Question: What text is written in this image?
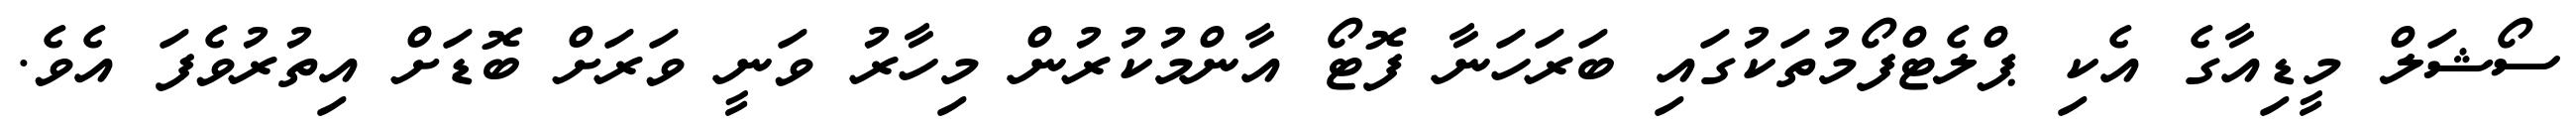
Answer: ސޯޝަލް މީޑިއާގެ އެކި ޕްލެޓްފޯމުތަކުގައި ބަރަހަނާ ފޮޓޯ އާންމުކުރުން މިހާރު ވަނީ ވަރަށް ބޮޑަށް އިތުރުވެފަ އެވެ.